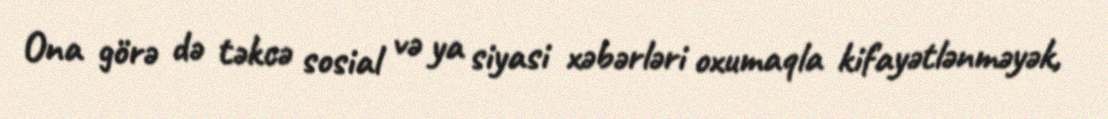
Ona görə də təkcə sosial və ya siyasi xəbərləri oxumaqla kifayətlənməyək,